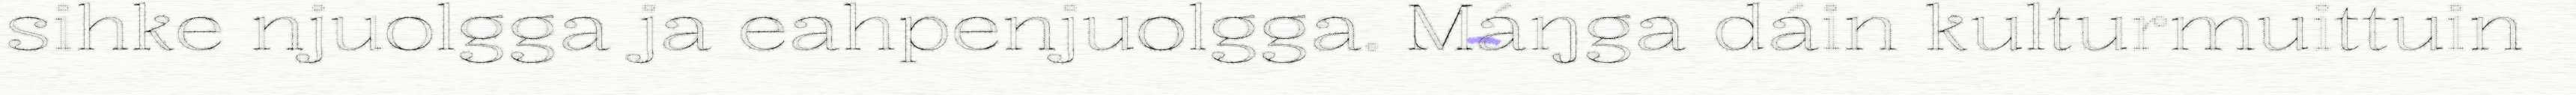
sihke njuolgga ja eahpenjuolgga. Máŋga dáin kulturmuittuin